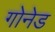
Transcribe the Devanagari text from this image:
गोनेड